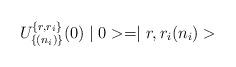
LaTeX: \begin{align*}U^{\{ r,r_{i}\}}_{\{(n_{i})\} }(0)\mid 0 > = \mid r,r_{i}(n_{i}) >\end{align*}